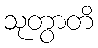
သုတွာတိ